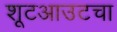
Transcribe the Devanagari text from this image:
शूटआउटचा